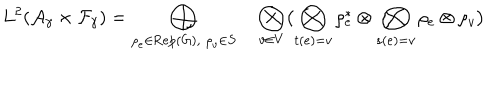
L ^ { 2 } ( { \cal A } _ { \gamma } \times { \cal F } _ { \gamma } ) = \bigoplus _ { \rho _ { e } \in \mathrm { R e p } ( G ) , \; \rho _ { v } \in S } \quad \bigotimes _ { v \in V } \bigl ( \bigotimes _ { t ( e ) = v } \rho _ { e } ^ { * } \otimes \bigotimes _ { s ( e ) = v } \rho _ { e } \otimes \rho _ { v } \bigr )